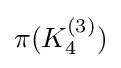
\pi (K_{4}^{(3)})